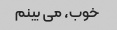
خوب، می بینم